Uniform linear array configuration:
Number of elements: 48
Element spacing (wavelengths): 1
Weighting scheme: exponential
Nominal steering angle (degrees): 0
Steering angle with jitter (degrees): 0.2783
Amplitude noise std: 0.05
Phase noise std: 0.05

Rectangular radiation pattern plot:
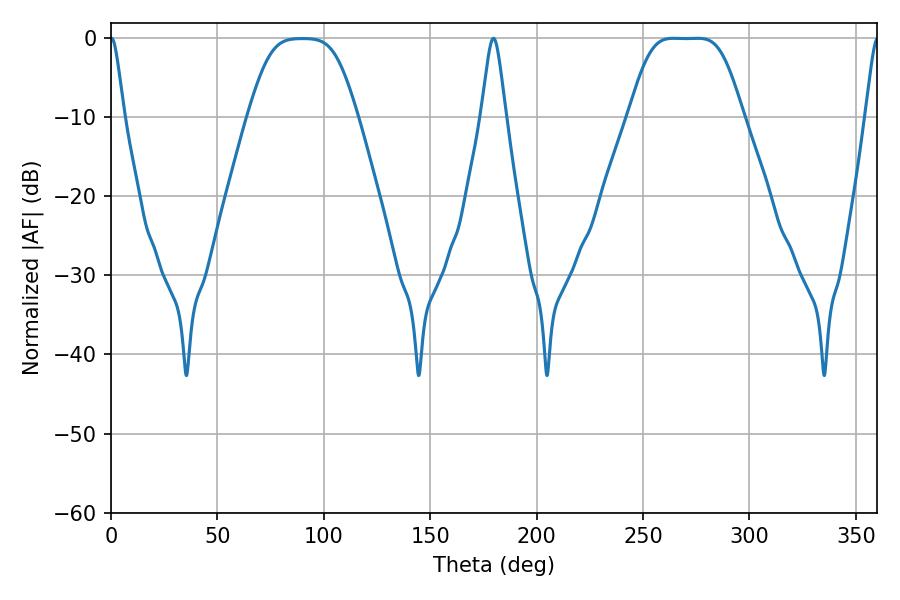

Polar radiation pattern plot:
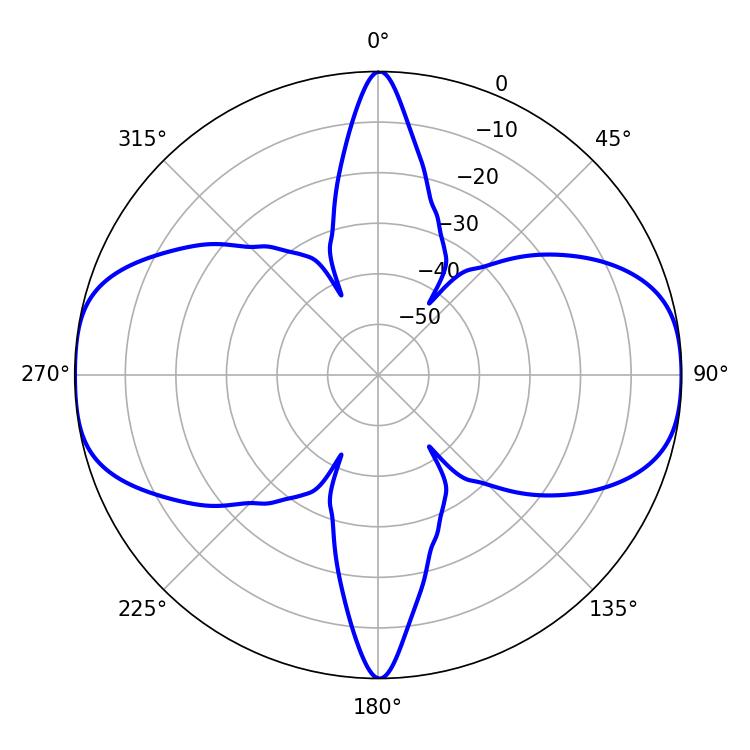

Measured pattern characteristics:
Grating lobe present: TRUE
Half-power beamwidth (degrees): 37.8
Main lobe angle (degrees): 264.42